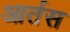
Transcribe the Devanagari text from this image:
आर्तस